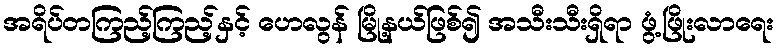
အရိပ်တကြည့်ကြည့်နှင့် ဟေလွန် မြို့နယ်ဖြစ်၍ အသီးသီးရှိရာ ဖွံ့ဖြိုးလာရေး